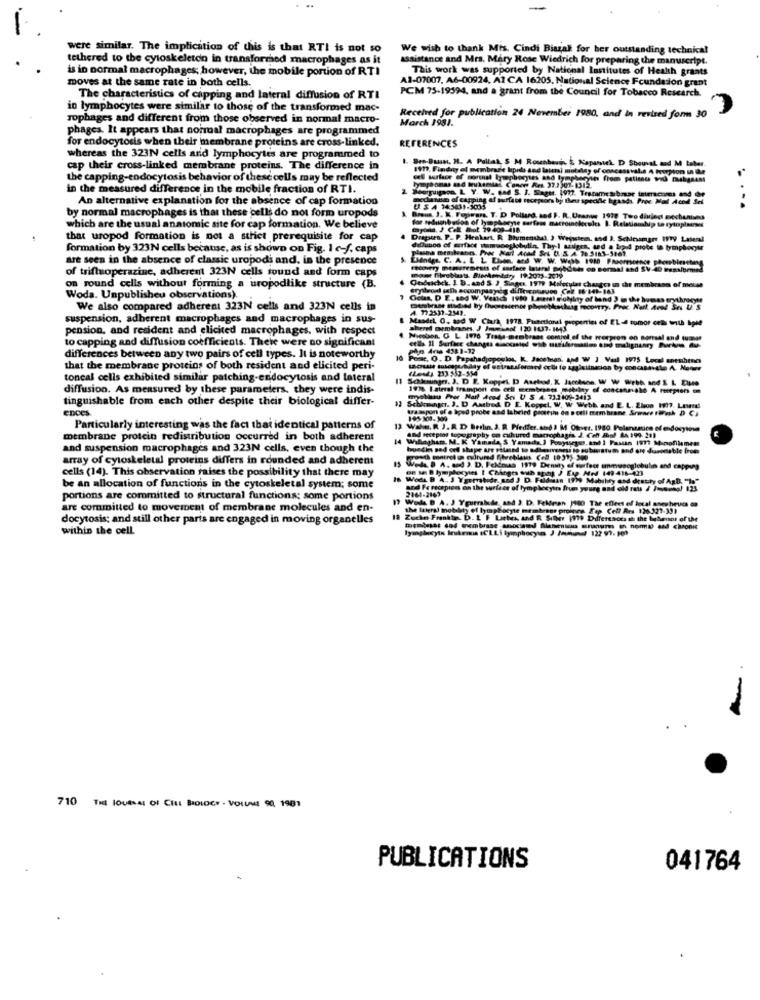
were similar. The implication of this is that RTI is not so
We wish to thank Mis. Cindi Biazalt for ber outstanding technical
tethered to the cytoskeleton in transformhed macrophages as it
assistance and Mrs. Mary Rose Wiedrich for preparing the manuscript.
is in normal macrophages; however, the mobile portion of RTI
This work was supported by National lostitutes of Health grants
moves at the same rate in both cells.
A2-07007, A6-00924, AI CA 16205, National Science Foundation grant
PCM 75-19394, and a grant from the Council for Tobacco Research.
The characteristics of capping and lateral diffusion of RTI
in lymphocytes were similar to those of the transformed mac-
rophages and different from those observed in normal macro-
March 1981.
Received for publication 24 November 1980, and In revised form 30
phages. It appears that normal macrophages are programmed
for endocytosis when their membrane proteins are cross-linked.
REFERENCES
whereas the 323N cells and lymphocytes are programmed to
Bre-Baun, H. A Pallas, S M Rosenberg, & Kapansek. D Shouval and M teter.
cap their cross-linked membrane proteins. The difference in
199, Findny of membrazie lipris and latersi motdiny of concassval.s A Poochion un Que
the capping-endocytosis behavior of thesecells may be reflected
cel surface of mormat lymphocytes and lymph
oyun from patimu wid magasss
in the measured difference in the mobile fraction of RTI.
An alternative explanation for the absence of cap formation
mechanism of capping af surface receptor by the specific hgasdi. Free Mal Achd S
by normal macrophages is that these cells do not form uropods
....
Brous, J. K. Fopirars. T. D Pollard, and F. R ., Usanye 1939 Two diujeg mechunives
which are the usual anatomic site for cap formation. We believe
for seduanbution of lymphocyte surfoss macromolecules B. Relationship to rytopless
that uropod formation is not a strict prerequisite for cap
Drapsces. P. P. Heakart, R Blumenthal 3 Wejschein, and 3. Sehrsamger IVry Lateral
formation by 323N cells because, as is shown on Fig. 1 e-f, caps
diDunoo of mrface ttemuosslobulin, Thy 1 sullges, and a bodd prote ta lymphocyte
are seen in the absence of classic uropods and. in the presence
LJdndgs. C. A. L. L. Elson, and W. W. Webb 1980 PRorescence phonebirsetens
of trifluoperazine, adherent 323N cells tound and form caps
"hoover) menerenests of surface laurel Doboth on Bormal and SV-40 Pesalormed
Quduchck. I. B. and S J Singer. 1979 Molecular changes in the membrane of metse
on round cells without forming a uropodlike structure (B.
erystron gathe socompany dille caisson Col 86-84)-163
Woda. Unpublisheu observations).
Golas, D E, sod W. Vealas 1910 Lesenal solhty of band ) @ the bumas erythrocyte
We also compared adherent 323N cells and 323N cells in
mensbrase studied by fluorescence physebkathing moontry. Proc Natl. Avok Ses U.S
4. 79 2537-2541.
suspension, adherent macrophages and macrophages in sus-
Masdel 0, and W Clara, 1978. Functional properties of EL-4 tumor cells with Iple
pension, and resident and elicited macrophages, with respect
altered membranes. J Poeknot 120 IU37. H43
to capping and diffusion coefficients. There were no significant
..
Nicobon. O L 1976 Trade-membrane comjul of the prorpron on samsal and tussen
etlla Il Surface changes muccasied wib mur
8 4rs 4321-12
differences between any two pairs of cell types. It is noteworthy
10 Pose, O. D. Papahadjoposios, K. Jacetnos, and W ) Val 1975 Local snesihmna
that the membrane proteins of both resident and elicited peri-
(Lewy 233 532-354
toncal cells exhibited similar patching-endocytosis and lateral
11
diffusion. As measured by these parameters, they were indis-
197% I siral frampont en cell membranes mobilny of concanale A meiepienso
tinguishable from each other despite their biological differ-
typhinu Prer Mail Acad Sci U S 4. 73.2104- 2413
ences.
tampon of e iped probe and labeled pocitim do notli membrane. Srenee trash D CI
banger. J. D Aatbed D E Koppel. W. W. Webh and E. L. 2hon 1997. Lesmal
Particularly interesting was the fact that identical patterns of
13 Wake. R. J.R. D Berlin. 3. R. Pledfer. abd 3 M Other. 1980 Pelanastire of endocytose
membrane protein redistribution occurred in both adherent
14 Willingham. M. K Yamada, S Yamada.] Posyiseges, and ] Pasun 1977 Mimofilamen
and recepist topography on cultured macrophages J. Cen Sol Ax 199. 211
and suspension macrophages and 323N cells, even though the
array of cyloskeletal proteins differs in rounded and adherent
cells (14). This observation raises the possibility that there may
Well @ A. and ). D. Felinas 1119 Density of surface ummunoglobulin and capping
Woda B A. J Ygurtahidr. sad J D. Feldman 1999 Mobility and deathy of AgB. "lo"
be an allocation of functions in the cytoskeletal system; some
2161-2163
and Fe recepies on the surfer of lymphocytes from yourg and old rats / Jusengl 123.
portions are committed to structural functions; some portions
Wads B A. J Yourrabede, and 3. D. Feldman 1480 The effect of local ssesheucs @
are committed to movement of membrane molecules and en-
the lateral motelty of lymphocyte membrane proinne Tas Cell Ars 126 321-331
docytosis; and still other parts are engaged in moving organelles
Zuche Frankin. D. L. F Liebes, and R. Silbir (119 Differences att the bebemos of the
within the cell
lymphocyte Inkemis (CLLi lymphocytes J /oumumw 122 97- B00
-
710 THE JOURNAL OF CILI BIOLOGY - VOLUME 90, 1981
PUBLICATIONS
041764